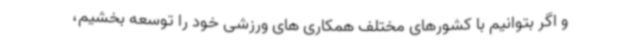
و اگر بتوانیم با کشورهای مختلف همکاری های ورزشی خود را توسعه بخشیم،